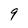
Character: 9